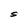
Character: S